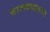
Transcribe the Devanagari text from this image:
चालकदलात